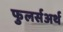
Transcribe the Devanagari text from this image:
फुलर्सअर्थ